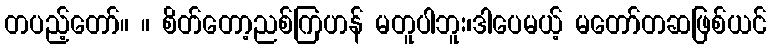
တပည့်တော်။ ။ စိတ်တော့ညစ်ကြဟန် မတူပါဘူး၊ဒါပေမယ့် မတော်တဆဖြစ်ယင်